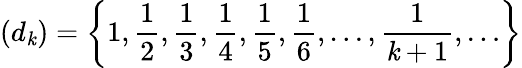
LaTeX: (d_{\mathit{k}})=\left\{ 1,{\frac{{1}}{{2}}},{\frac{{1}}{{3}}},{\frac{{1}}{{4}}},{\frac{{1}}{{5}}},{\frac{{1}}{{6}}},\ldots,{\frac{{1}}{{\mathit{k}+1}}},\ldots\right\}